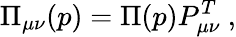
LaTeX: \Pi_{\mu\nu}(p)=\Pi(p)P_{\mu\nu}^{T}\ ,